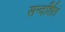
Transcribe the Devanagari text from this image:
सन्दर्शितं